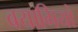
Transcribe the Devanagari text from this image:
बयागियों